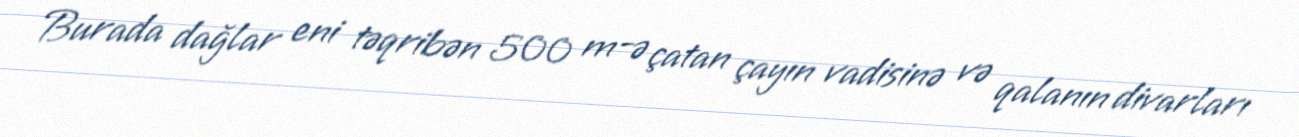
Burada dağlar eni təqribən 500 m-ə çatan çayın vadisinə və qalanın divarları